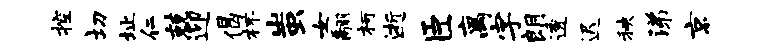
控切址仁兢迎偈杯蚩女翮柯逝臣离字朗透迟秧涕京